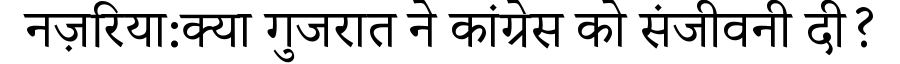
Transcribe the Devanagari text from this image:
नज़रिया:क्या गुजरात ने कांग्रेस को संजीवनी दी?